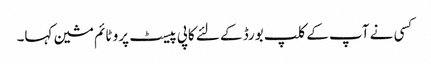
کسی نے آپ کے کلپ بورڈ کے لئے کاپی پیسٹ پرو ٹائم مشین کہا۔